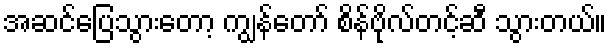
အဆင်ပြေသွားတော့ ကျွန်တော် စိန်ဗိုလ်တင့်ဆီ သွားတယ်။